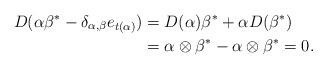
LaTeX: \begin{align*}D(\alpha \beta^*-\delta_{\alpha, \beta}e_{t(\alpha)})&= D(\alpha) \beta^*+\alpha D(\beta^*)\\ &=\alpha\otimes \beta^*-\alpha\otimes \beta^*=0.\end{align*}